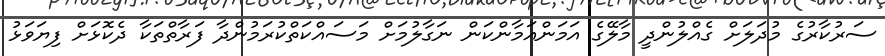
ސަރުކާރުގެ މުދަލަށް ގެއްލުންދީ މާލޭގެ އަމަންއަމާންކަން ނަގާލުމަށް މަސައްކަތްކުރަމުންދާ ފަރާތްތަކާ ދެކޮޅަށް ފިޔަވަޅު